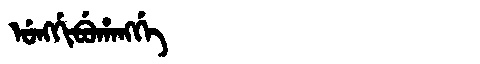
Manchu: ᡠᠩᡤᡳᠪᡠᡥᠠᠩᡤᡝ
Romanization: UNGGIBUHANGGE